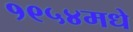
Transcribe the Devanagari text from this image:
१९५४मधे